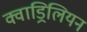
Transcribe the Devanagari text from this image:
क्वाड्रिलियन